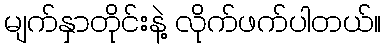
မျက်နှာတိုင်းနဲ့ လိုက်ဖက်ပါတယ်။